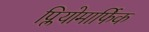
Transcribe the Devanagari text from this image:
प्लियोमार्फिक